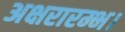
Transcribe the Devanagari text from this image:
अक्षरारम्भ।